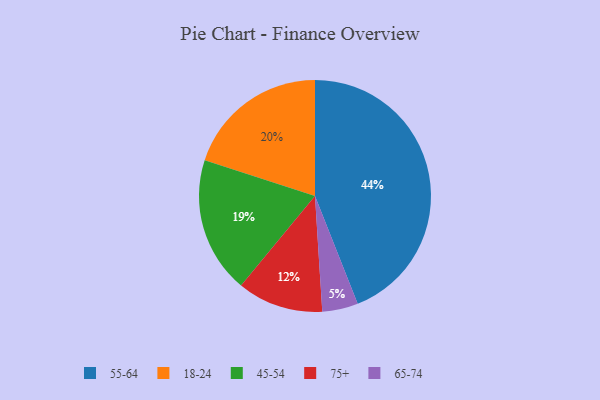
{"axis": {"x": "Category", "y": "Percentage"}, "legend": ["18-24", "45-54", "55-64", "65-74", "75+"], "data": [{"x": "55-64", "y": 44, "type": "55-64"}, {"x": "65-74", "y": 5, "type": "65-74"}, {"x": "18-24", "y": 20, "type": "18-24"}, {"x": "75+", "y": 12, "type": "75+"}, {"x": "45-54", "y": 19, "type": "45-54"}]}